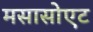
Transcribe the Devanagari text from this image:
मसासोएट